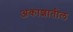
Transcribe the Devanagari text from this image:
अकाशातील